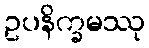
ဥပနိက္ခမဿု